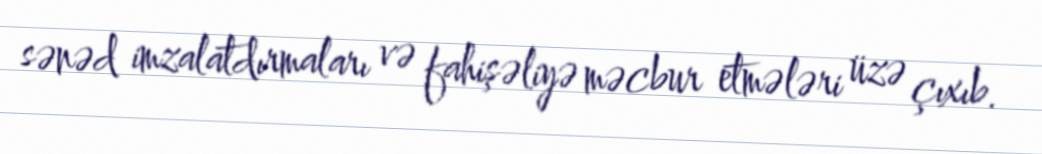
sənəd imzalatdırmaları və fahişəliyə məcbur etmələri üzə çıxıb.